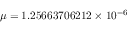
\mu = 1 . 2 5 6 6 3 7 0 6 2 1 2 \times 1 0 ^ { - 6 }